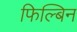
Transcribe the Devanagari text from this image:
फिल्बिन